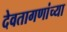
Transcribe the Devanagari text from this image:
देवतागणांच्या